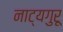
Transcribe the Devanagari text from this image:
नाट्यगुरू